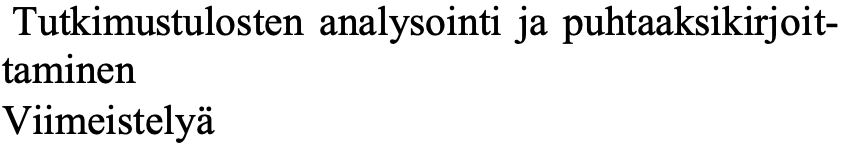
Tutkimustulosten analysointi ja puhtaaksikirjoit- taminen Viimeistelyä